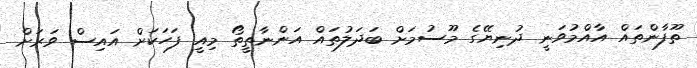
ތޫފާންތައް އާއްމުވަނީ ދުނިޔޭގެ މޫސުމަށް ބަދަލުތައް އަންނާތީތޯ މިއީ ފަހަކަށް އައިސް ވަރަށް